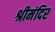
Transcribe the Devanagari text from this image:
श्रीमंदिर